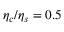
\eta _ { c } / \eta _ { s } = 0 . 5